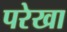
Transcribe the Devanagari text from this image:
परेखा